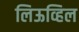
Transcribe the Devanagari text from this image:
लिऊव्हिल